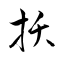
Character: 扷